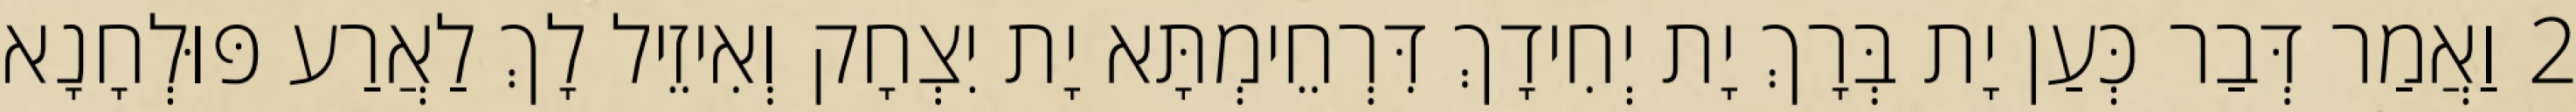
2 וַאֲמַר דְּבַר כְּעַן יָת בְּרָךְ יָת יְחִידָךְ דִּרְחֵימְתָּא יָת יִצְחָק וְאִיזֵיל לָךְ לַאֲרַע פּוּלְחָנָא